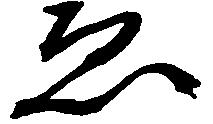
ゑ